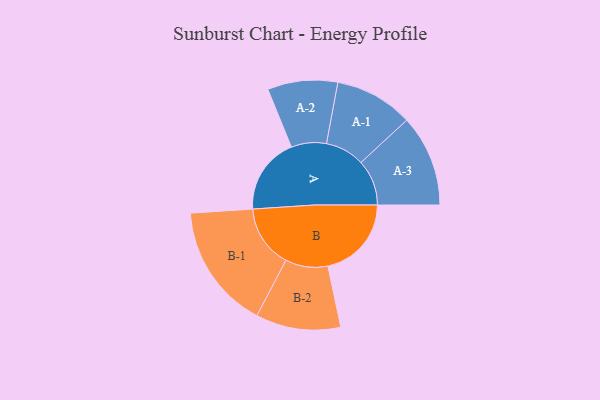
{"axis": {"x": "Segment", "y": "Value"}, "legend": ["", "A", "B"], "data": [{"x": "A", "y": 363, "type": ""}, {"x": "B", "y": 396, "type": ""}, {"x": "A-1", "y": 186, "type": "A"}, {"x": "A-2", "y": 166, "type": "A"}, {"x": "A-3", "y": 217, "type": "A"}, {"x": "B-1", "y": 297, "type": "B"}, {"x": "B-2", "y": 201, "type": "B"}]}